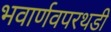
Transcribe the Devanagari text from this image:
भवार्णवपरथडी